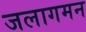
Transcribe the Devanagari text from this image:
जलागमन